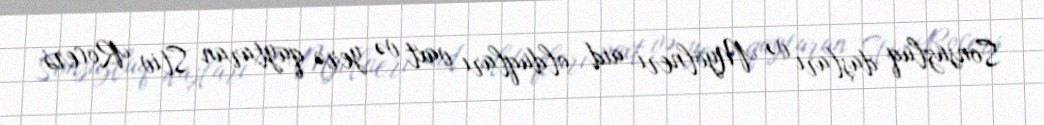
Sonsuzluq daşları və Myölneri aid olduqları vaxt və yerə qaytaran Stiv Rocers